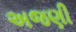
અજણી